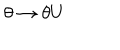
\theta \rightarrow \theta U